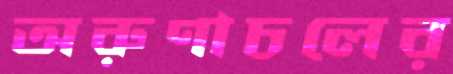
অরুণাচলের